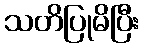
သတိပြုမိပြီး